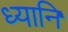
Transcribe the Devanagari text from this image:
ध्यानि